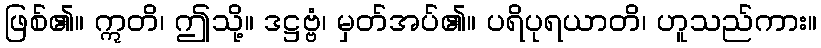
ဖြစ်၏။ ဣတိ၊ ဤသို့။ ဒဋ္ဌဗ္ဗံ၊ မှတ်အပ်၏။ ပရိပုရယာတိ၊ ဟူသည်ကား။